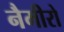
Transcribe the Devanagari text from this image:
नैमीरो